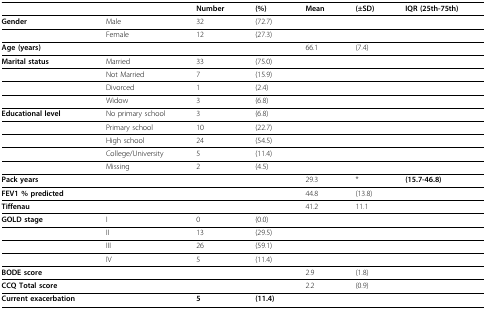
|  |  | Number | (%) | Mean | (± SD) | IQR (25th-75th) |
 | --- | --- | --- | --- | --- | --- | --- |
 | Gender | Male | 32 | (72.7) |  |  |  |
 |  | Female | 12 | (27.3) |  |  |  |
 | Age (years) |  |  |  | 66.1 | (7.4) |  |
 | Marital status | Married | 33 | (75.0) |  |  |  |
 |  | Not Married | 7 | (15.9) |  |  |  |
 |  | Divorced | 1 | (2.4) |  |  |  |
 |  | Widow | 3 | (6.8) |  |  |  |
 | Educational level | No primary school | 3 | (6.8) |  |  |  |
 |  | Primary school | 10 | (22.7) |  |  |  |
 |  | High school | 24 | (54.5) |  |  |  |
 |  | College/University | 5 | (11.4) |  |  |  |
 |  | Missing | 2 | (4.5) |  |  |  |
 | Pack years |  |  |  | 29.3 | * | (15.7-46.8) |
 | FEV1 % predicted |  |  |  | 44.8 | (13.8) |  |
 | Tiffenau |  |  |  | 41.2 | 11.1 |  |
 | GOLD stage | I | 0 | (0.0) |  |  |  |
 |  | II | 13 | (29.5) |  |  |  |
 |  | III | 26 | (59.1) |  |  |  |
 |  | IV | 5 | (11.4) |  |  |  |
 | BODE score |  |  |  | 2.9 | (1.8) |  |
 | CCQ Total score |  |  |  | 2.2 | (0.9) |  |
 | Current exacerbation |  | 5 | (11.4) |  |  |  |